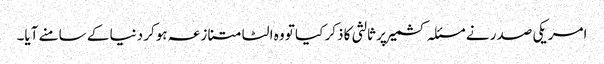
امریکی صدر نے مسئلہ کشمیر پر ثالثی کا ذکر کیا تو وہ الٹا متنازعہ ہوکر دنیا کے سامنے آیا۔